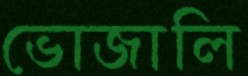
ভোজালি